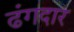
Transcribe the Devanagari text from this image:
ढंगदार